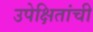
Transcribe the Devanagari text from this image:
उपेक्षितांची